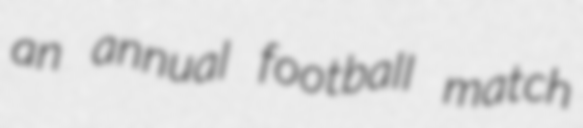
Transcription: an annual football match